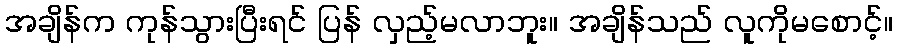
အချိန်က ကုန်သွားပြီးရင် ပြန် လှည့်မလာဘူး။ အချိန်သည် လူကိုမစောင့်။